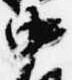
中